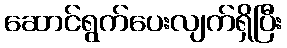
ဆောင်ရွက်ပေးလျက်ရှိပြီး